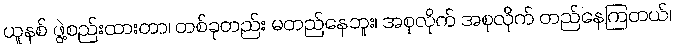
ယူနစ် ဖွဲ့စည်းထားတာ၊ တစ်ခုတည်း မတည်နေဘူး၊ အစုလိုက် အစုလိုက် တည်နေကြတယ်၊